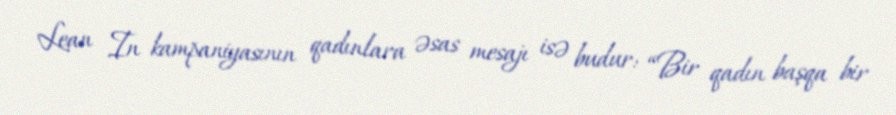
Lean In kampaniyasının qadınlara əsas mesajı isə budur: “Bir qadın başqa bir